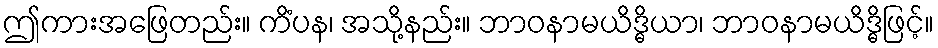
ဤကားအဖြေတည်း။ ကိံပန၊ အသို့နည်း။ ဘာဝနာမယိဒ္ဓိယာ၊ ဘာဝနာမယိဒ္ဓိဖြင့်။